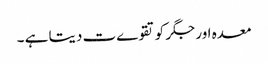
معدہ اور جگر کو تقوےت دیتا ہے ۔